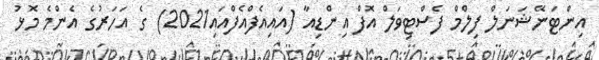
އިންޓަނޭޝަނަލް ފިލްމް ފެސްޓިވަލް އޮފް އިންޑިއާ (އައިއެފްއެފްއައި2021) ގެ އަހަރުގެ އެންމެ މޮޅު